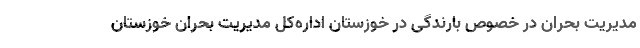
مدیریت بحران در خصوص بارندگی در خوزستان اداره‌کل مدیریت بحران خوزستان